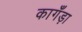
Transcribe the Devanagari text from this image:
कागँड़ा